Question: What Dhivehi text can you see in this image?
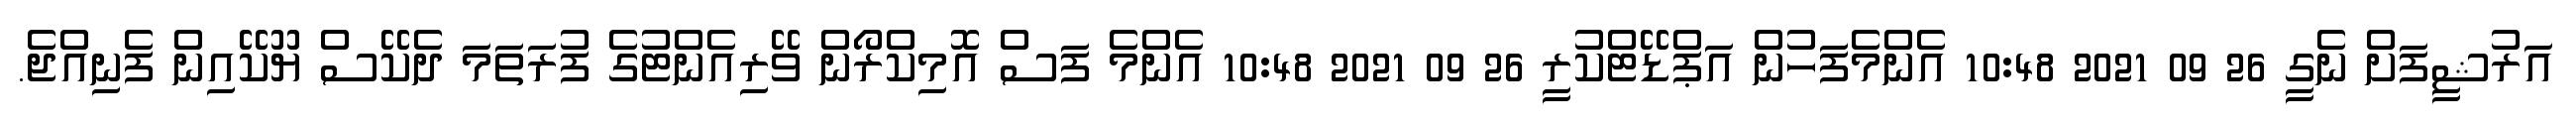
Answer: އަރުޝީފަށް ނެގީ 26 09 2021 10:48 އެންމެފަހުން އަޕްޑޭޓްކުރީ 26 09 2021 10:48 އެންމެ ފަސް އޮމިކްރޯން ވޭރިއެންޓުގެ ފުރަތަމަ ދެކޭސް ޔޫކޭއިން ފެނިއްޖެ.